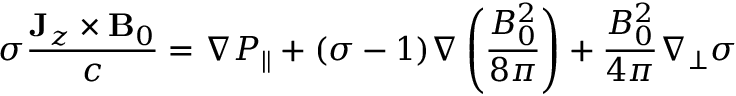
\sigma \frac { \mathbf { J } _ { z } \times \mathbf { B } _ { 0 } } { c } = \nabla P _ { \| } + ( \sigma - 1 ) \nabla \left( \frac { B _ { 0 } ^ { 2 } } { 8 \pi } \right) + \frac { B _ { 0 } ^ { 2 } } { 4 \pi } \nabla _ { \perp } \sigma